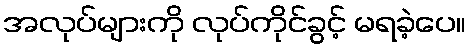
အလုပ်များကို လုပ်ကိုင်ခွင့် မရခဲ့ပေ။